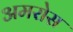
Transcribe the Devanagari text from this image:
अमरोस